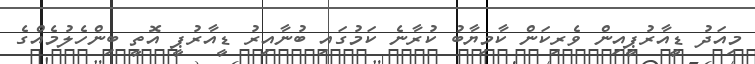
މިއަދު ޑީއާރުޕީއިން ވެރިކަން ކާމިޔާބު ކުރާނެ ކަމުގައި ބުނާއިރު ޑީއާރުޕީ އޮތީ ބިންހެލުމެއްގެ